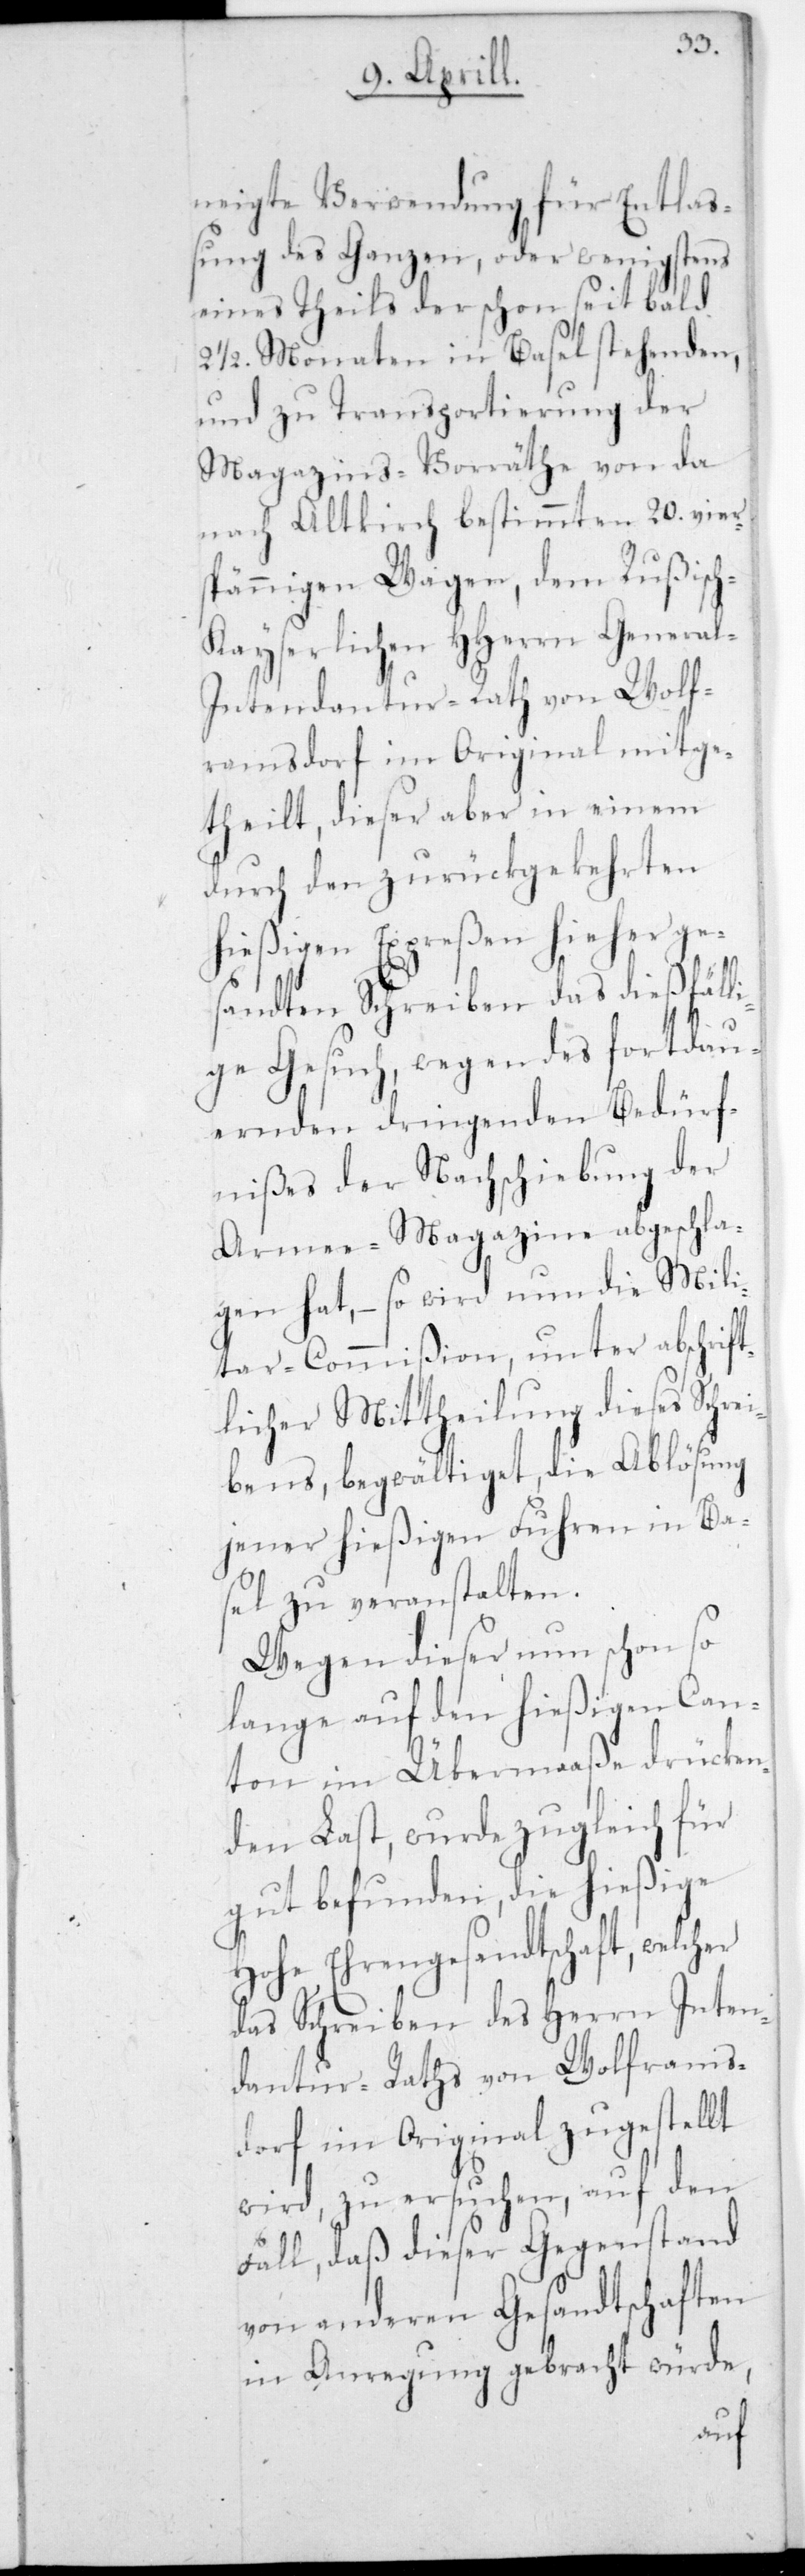
neigte Verwendung für Entlaß¬
ung des ganzen oder wenigstens
eines Theils der schon seit bald
1/2. Monaten in Basel stehenden,
und zu Transportierung der
Magazins-Vorräthe von da
nach Altkirch bestimmten 20. viers¬
pännigen Wagen, dem Rußisc¬
h-Kayserlichen HHerrn Genera¬
l-Intendantur-Rath von Wolf¬
ramsdorf im Original mitge¬
theilt, dieser aber in einem
durch den zurückgekehrten
hießigen Expreßen hieher ges¬
andten Schreiben, das dießfäll¬
ige Gesuch wegen des fortdau¬
ernden dringenden Bedürf¬
nißes der Nachschiebung der
Armee-Magazine abgeschla¬
gen hat, – so wird nun die Mili¬
tar-Commißion unter abschrift¬
licher Mittheilung dieses Schre¬
ibens, begwältiget, die Ablösung
jener hießigen Fuhren in Ba¬
sel zu veranstalten.
Wegen dieser nun schon so
lange auf den hießigen Can¬
ton im Übermaaße drücken¬
den Last, wurde zugleich für
gut befunden, die hießige
Hohe Ehrengesandtschaft,
das Schreiben des Herrn Inten¬
dantur-Raths von Wolframs¬
dorf im Original zugestellt
wird, zu ersuchen, auf den
Fall, daß dieser Gegenstand
von anderen Gesandtschaften
in Anregung gebracht würde,